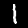
Digit: 1